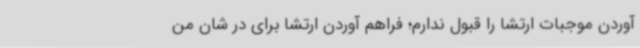
آوردن موجبات ارتشا را قبول ندارم؛ فراهم آوردن ارتشا برای در شان من